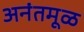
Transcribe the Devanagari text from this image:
अनंतमूळ